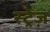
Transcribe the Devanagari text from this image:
स्ट्रेज़